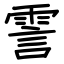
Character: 霅